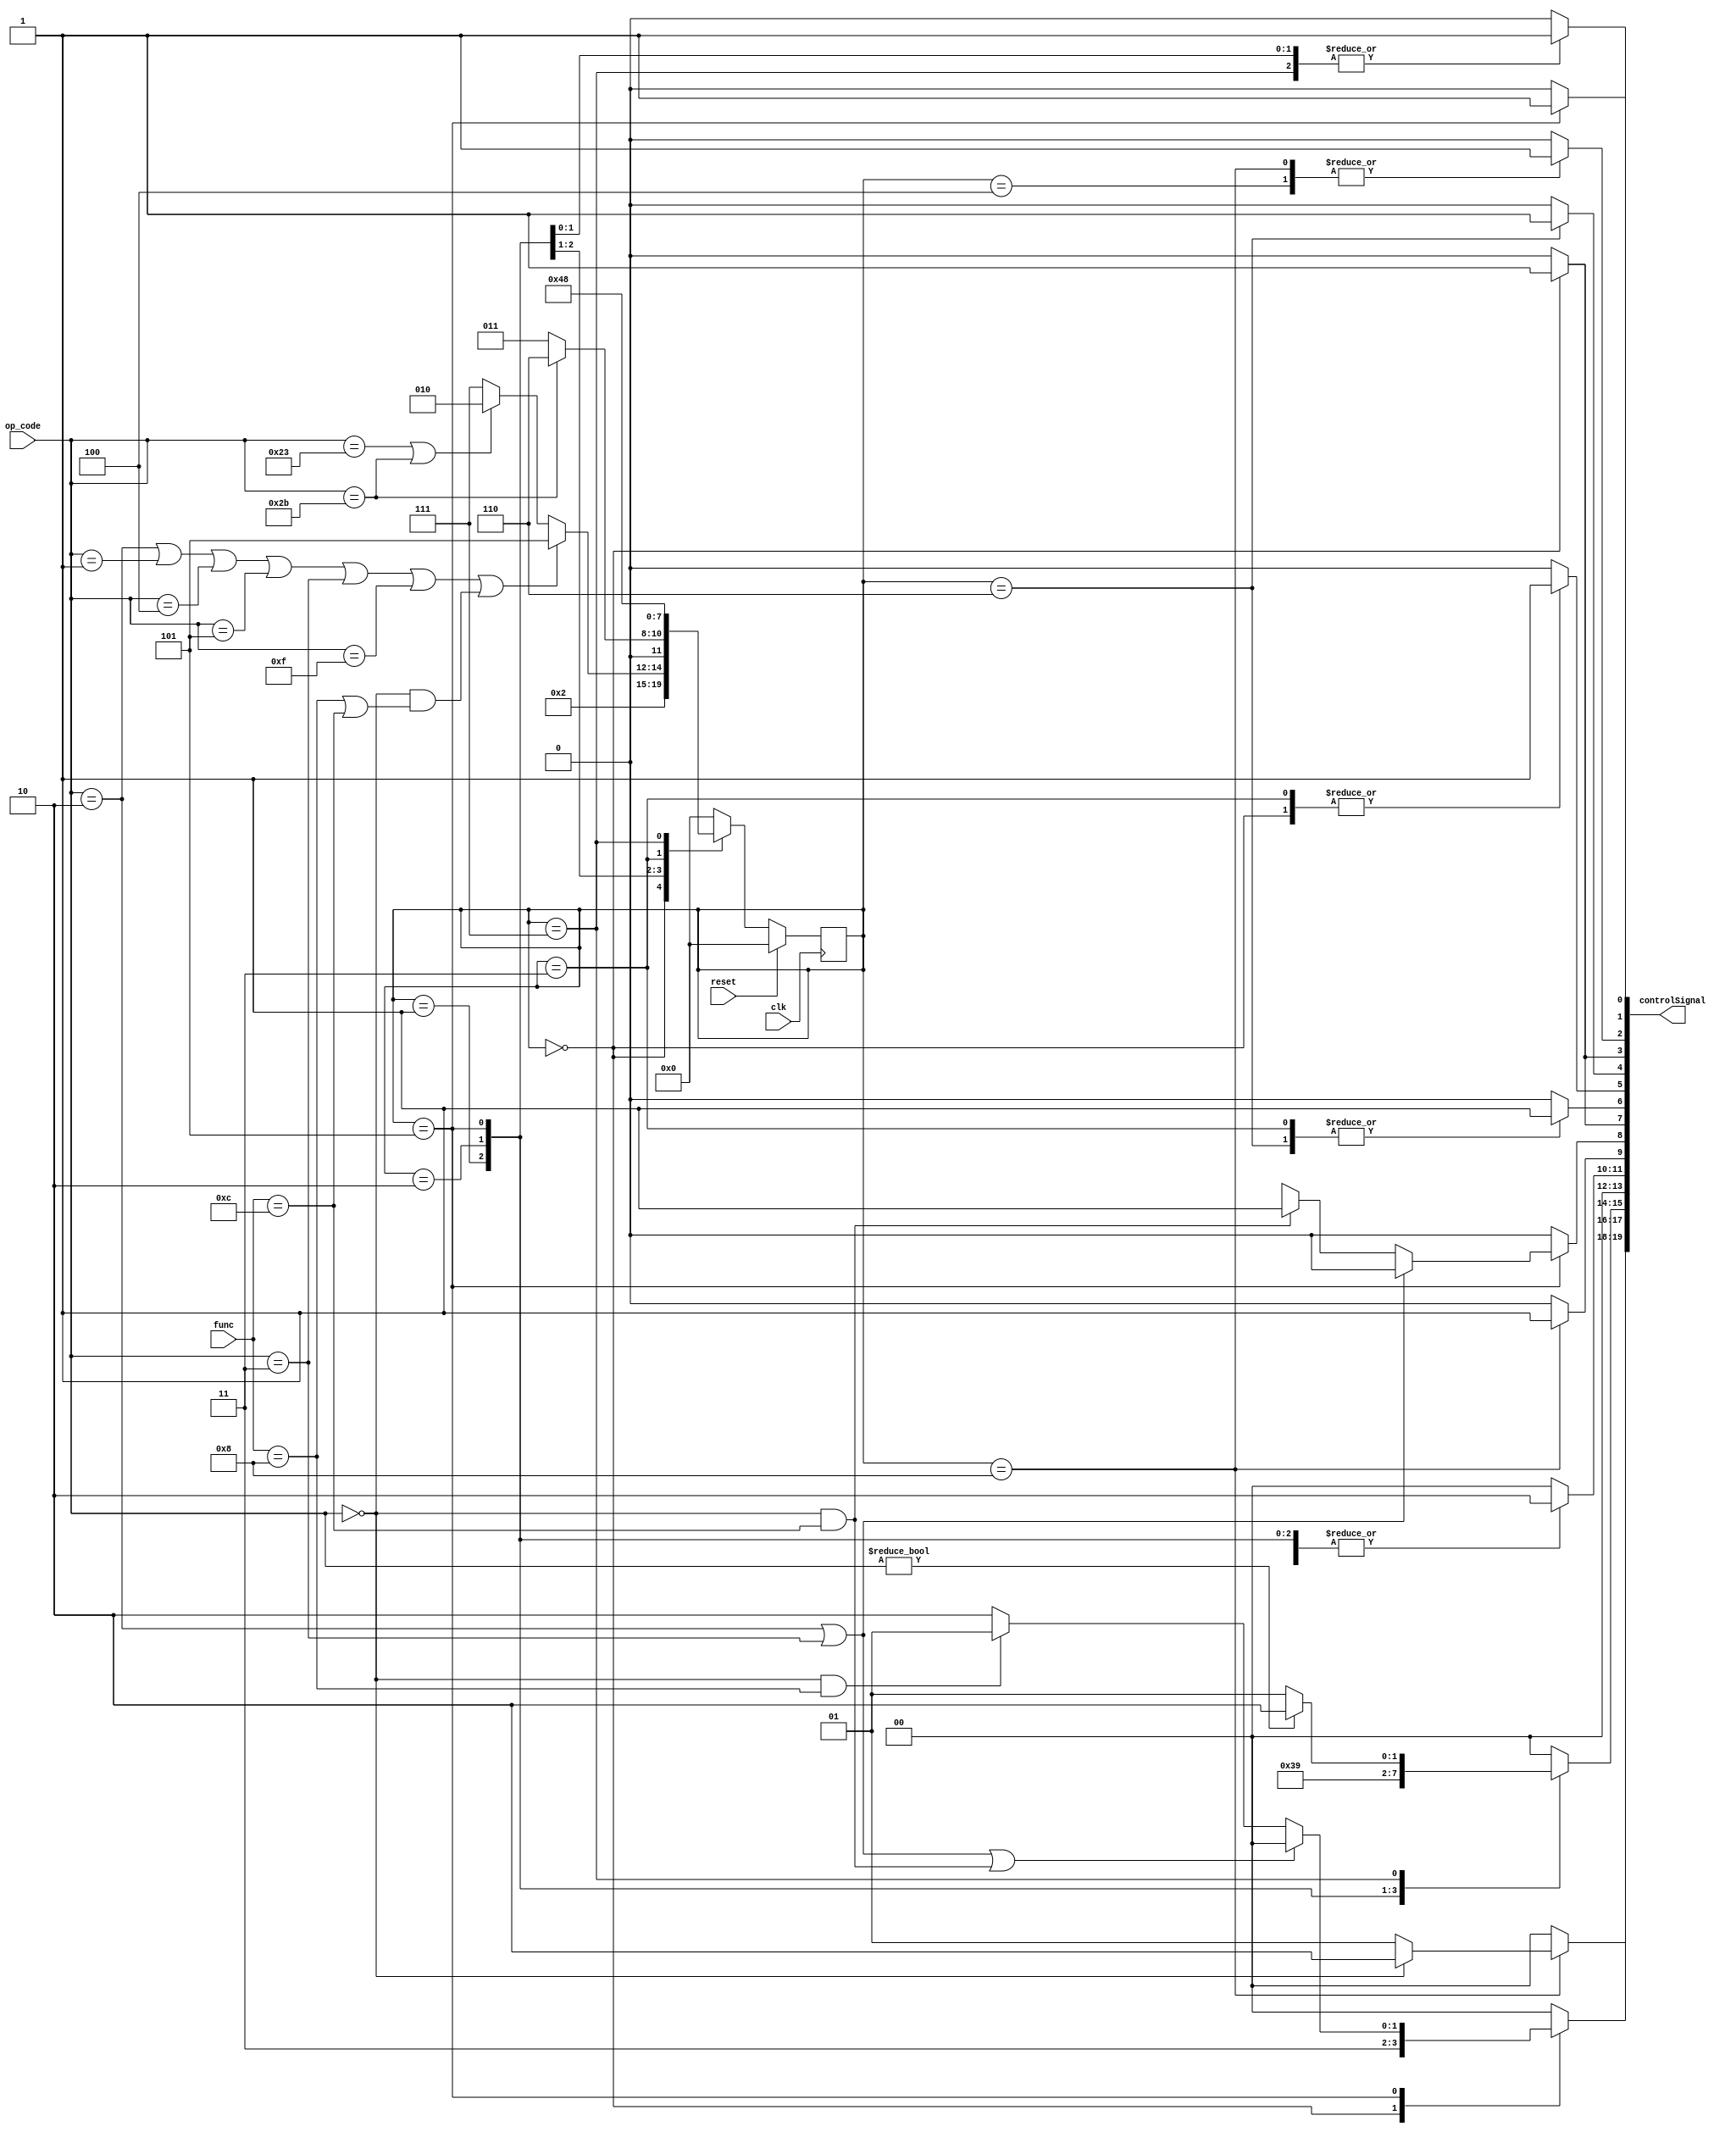
module controlSection(
    input [5:0] op_code,
    input [5:0] func,
    input clk, reset,
    output reg [19:0] controlSignal
);

/*
+---------------+------------+
| Signal Name   | Bit Indices|
+---------------+------------+
| PCSrc         |   20:19    |
| RegDst        |   18:17    |
| RegInSrc      |   16:15    |
| ALUSrcY       |   14:13    |
| LogicFn       |   12:11    |
| FnType        |   10:9     |
| jumpAddr      |    8       |
| PCWrite       |    7       |
| Inst_data     |    6       |
| MemRead       |    5       |
| MemWrite      |    4       |
| IRWrite       |    3       |
| RegWrite      |    2       |
| ALUSrcX       |    1       |
| Add_Sub       |    0       |
+---------------+------------+
*/

reg RegInSrc, jumpAddr, PCWrite, Inst_data, MemRead, MemWrite, IRWrite, RegWrite, ALUSrcX, Add_Sub;
reg [1:0] PCSrc, RegDst, ALUSrcY, LogicFn, FnType;

reg [3:0] p_state, n_state;
parameter state0 = 0, state1 = 1, state2 = 2, state3 = 3, state4 = 4, state5 = 5, state6 = 6, state7 = 7, state8 = 8;

initial
begin
    p_state = state0;
end

always @(p_state) begin
    
    // Init
    n_state = state0;
    jumpAddr = 0;
    PCWrite = 0;
    Inst_data = 0;
    MemRead = 0;
    MemWrite = 0;
    IRWrite = 0;
    RegWrite = 0;
    ALUSrcX = 0;
    Add_Sub = 0;
    PCSrc = 0;
    RegDst = 0;
    RegInSrc = 0;
    ALUSrcY = 0;
    LogicFn = 0;
    FnType = 0;
    
    case (p_state)
        state0: 
            begin
                Inst_data = 1'b0; 
                MemRead = 1'b1;
                IRWrite = 1'b1;
                ALUSrcX = 1'b0;
                ALUSrcY = 2'b00;
                Add_Sub = 1'b0;
                LogicFn = 2'b00;
                FnType = 2'b10;
                PCSrc = 2'b11;
                PCWrite = 1'b1;
                
                n_state = state1;
            end
        
        state1:
            begin
                ALUSrcX = 1'b0;
                ALUSrcY = 2'b11;
                Add_Sub = 1'b0;
                LogicFn = 2'b00;
                FnType = 2'b10;
                
                if ((op_code == 6'b000010) || (op_code == 6'b000001) || (op_code == 6'b000100) || 
                    (op_code == 6'b000101) || (op_code == 6'b000011) || (op_code == 6'b001111) || 
                    ((op_code == 6'b000000) && ((func == 6'b001000) || (func == 6'b001100))))
                    n_state = state5;
                else if ((op_code == 6'b100011) || (op_code == 6'b101011))
                    n_state = state2;
                else
                    n_state = state7;
            end
        
        state2:
            begin
                ALUSrcX = 1'b1;
                ALUSrcY = 2'b10;
                Add_Sub = 1'b0;
                LogicFn = 2'b00;
                FnType = 2'b10;
                
                if (op_code == 6'b101011)
                    n_state = state6;
                else
                    n_state = state3;
            end
        
        state3:
            begin
                Inst_data = 1'b1;
                MemRead = 1'b1;
                
                n_state = state4;
            end
        
        state4:
            begin
                RegDst = 1'b0;
                RegInSrc = 1'b0;
                RegWrite = 1'b1;
                
                n_state = state0;
            end
        
        state5:
            begin
                ALUSrcX = 1'b1;
                ALUSrcY = 2'b01;
                Add_Sub = 1'b1;
                LogicFn = 2'b00;
                FnType = 2'b10;
                
                if ((op_code == 6'b000010) || (op_code == 6'b000011))
                    jumpAddr = 1'b0;
                else if ((op_code == 6'b000000) && (func == 6'b001100))
                    jumpAddr = 1'b1;
                else
                    jumpAddr = 1'bx;
                
                if ((op_code == 6'b000010) || (op_code == 6'b000011) || 
                    ((op_code == 6'b000000) && (func == 6'b001100)))
                    PCSrc = 2'b00;
                else if ((op_code == 6'b000000) && (func == 6'b001000))
                    PCSrc = 2'b01;
                else
                    PCSrc = 2'b10;
                    
                n_state = state0;
            end
        
        state6:
            begin
                Inst_data = 1'b1;
                MemWrite = 1'b1;
                
                n_state = state0;
            end
        
        state7:
            begin
                ALUSrcX = 1'b1;
                if (op_code != 6'b000000)
                    ALUSrcY = 2'b10;
                else
                    ALUSrcY = 2'b01;
                    
                n_state = state8;
            end
        
        state8:
            begin
                if (op_code == 6'b000000)
                    RegDst = 2'b10;
                else
                    RegDst = 2'b01;
                
                RegInSrc = 1'b1;
                RegWrite = 1'b1;
                
                n_state = state0;
            end
        
    endcase
    controlSignal = {{PCSrc},{RegDst},{ALUSrcY},{LogicFn},{FnType},
        {RegInSrc},{jumpAddr},{PCWrite},{Inst_data},{MemRead},{MemWrite},{IRWrite},{RegWrite},{ALUSrcX},{Add_Sub}};
end

always @(posedge clk)
begin
    if (reset == 1'b1)
        p_state <= state0;
    else
		p_state <= n_state;
end

endmodule